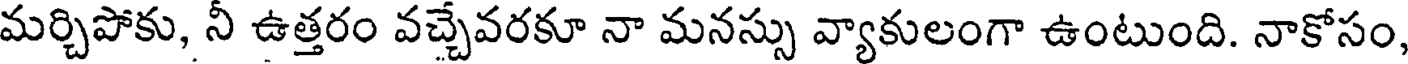
మర్చిపోకు, నీ ఉత్తరం వచ్చేవరకూ నా మనస్సు వ్యాకులంగా ఉంటుంది. నాకోసం,